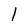
Character: 1